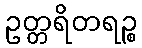
ဥတ္တရိတရဉ္စ